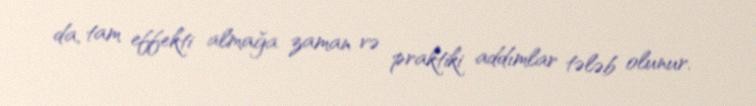
da, tam effekti almağa zaman və praktiki addımlar tələb olunur.